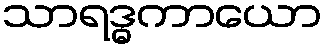
သာရဒ္ဓကာယော